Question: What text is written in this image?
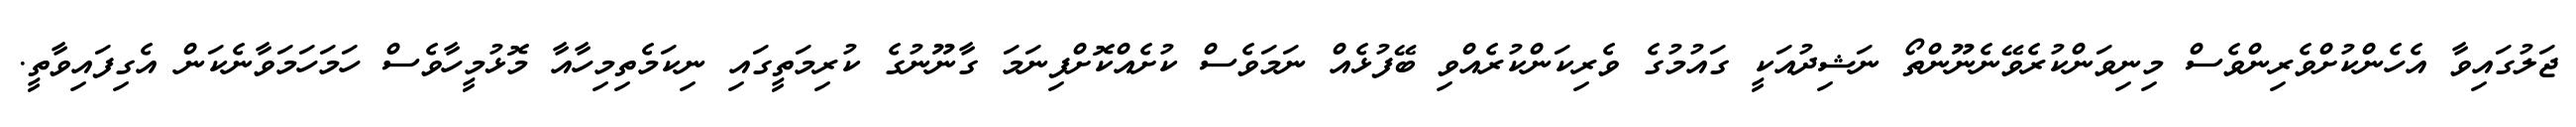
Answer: ޖަލުގައިވާ އެހެންކުށްވެރިންވެސް މިނިވަންކުރެވޭނެނޫންތޯ ނަޝިދުއަކީ ގައުމުގެ ވެރިކަންކުރެއްވި ބޭފުޅެއް ނަމަވެސް ކުށެއްކޮށްފިނަމަ ގާނޫނުގެ ކުރިމަތީގައި ނިކަމެތިމިހާއާ މޮޅުމީހާވެސް ހަމަހަމަވާނެކަން އެގިފައިވާތީ.